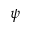
\psi